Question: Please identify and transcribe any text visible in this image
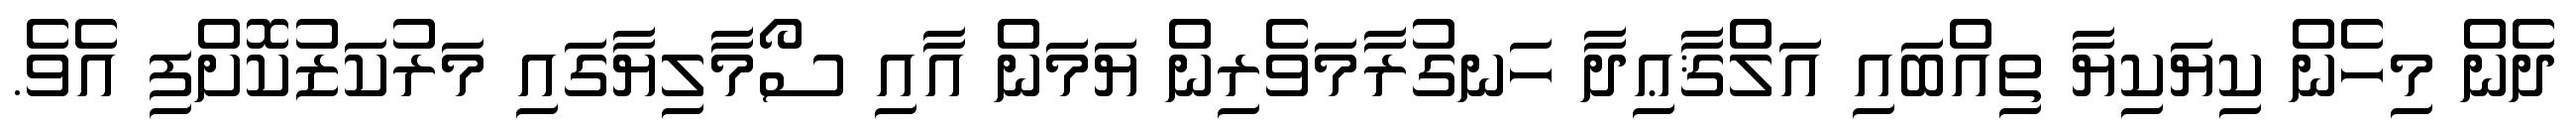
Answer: ދެން މިހެން ކިޔަކިޔާ ތިއްބައި އަލްޤާޢިދާ ހަނގުރާމަވެރިން ޔަމަން އާއި ސޯމާލިޔާގައި މަރުކަޒުކޮށްފި އެވެ.